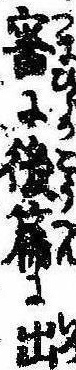
審に後篇に出